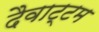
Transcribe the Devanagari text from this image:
दैवाट्टम